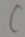
C